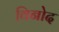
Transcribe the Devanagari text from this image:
विनोेद